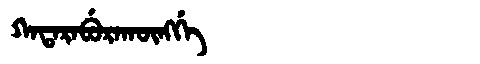
Manchu: ᡴᠠᡨᠠᡵᠠᠪᡠᡵᠠᡴᡡᠩᡤᡝ
Romanization: KATARABURAKŪNGGE